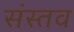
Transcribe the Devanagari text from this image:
संस्तव